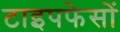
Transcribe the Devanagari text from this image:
टाइपफेसों